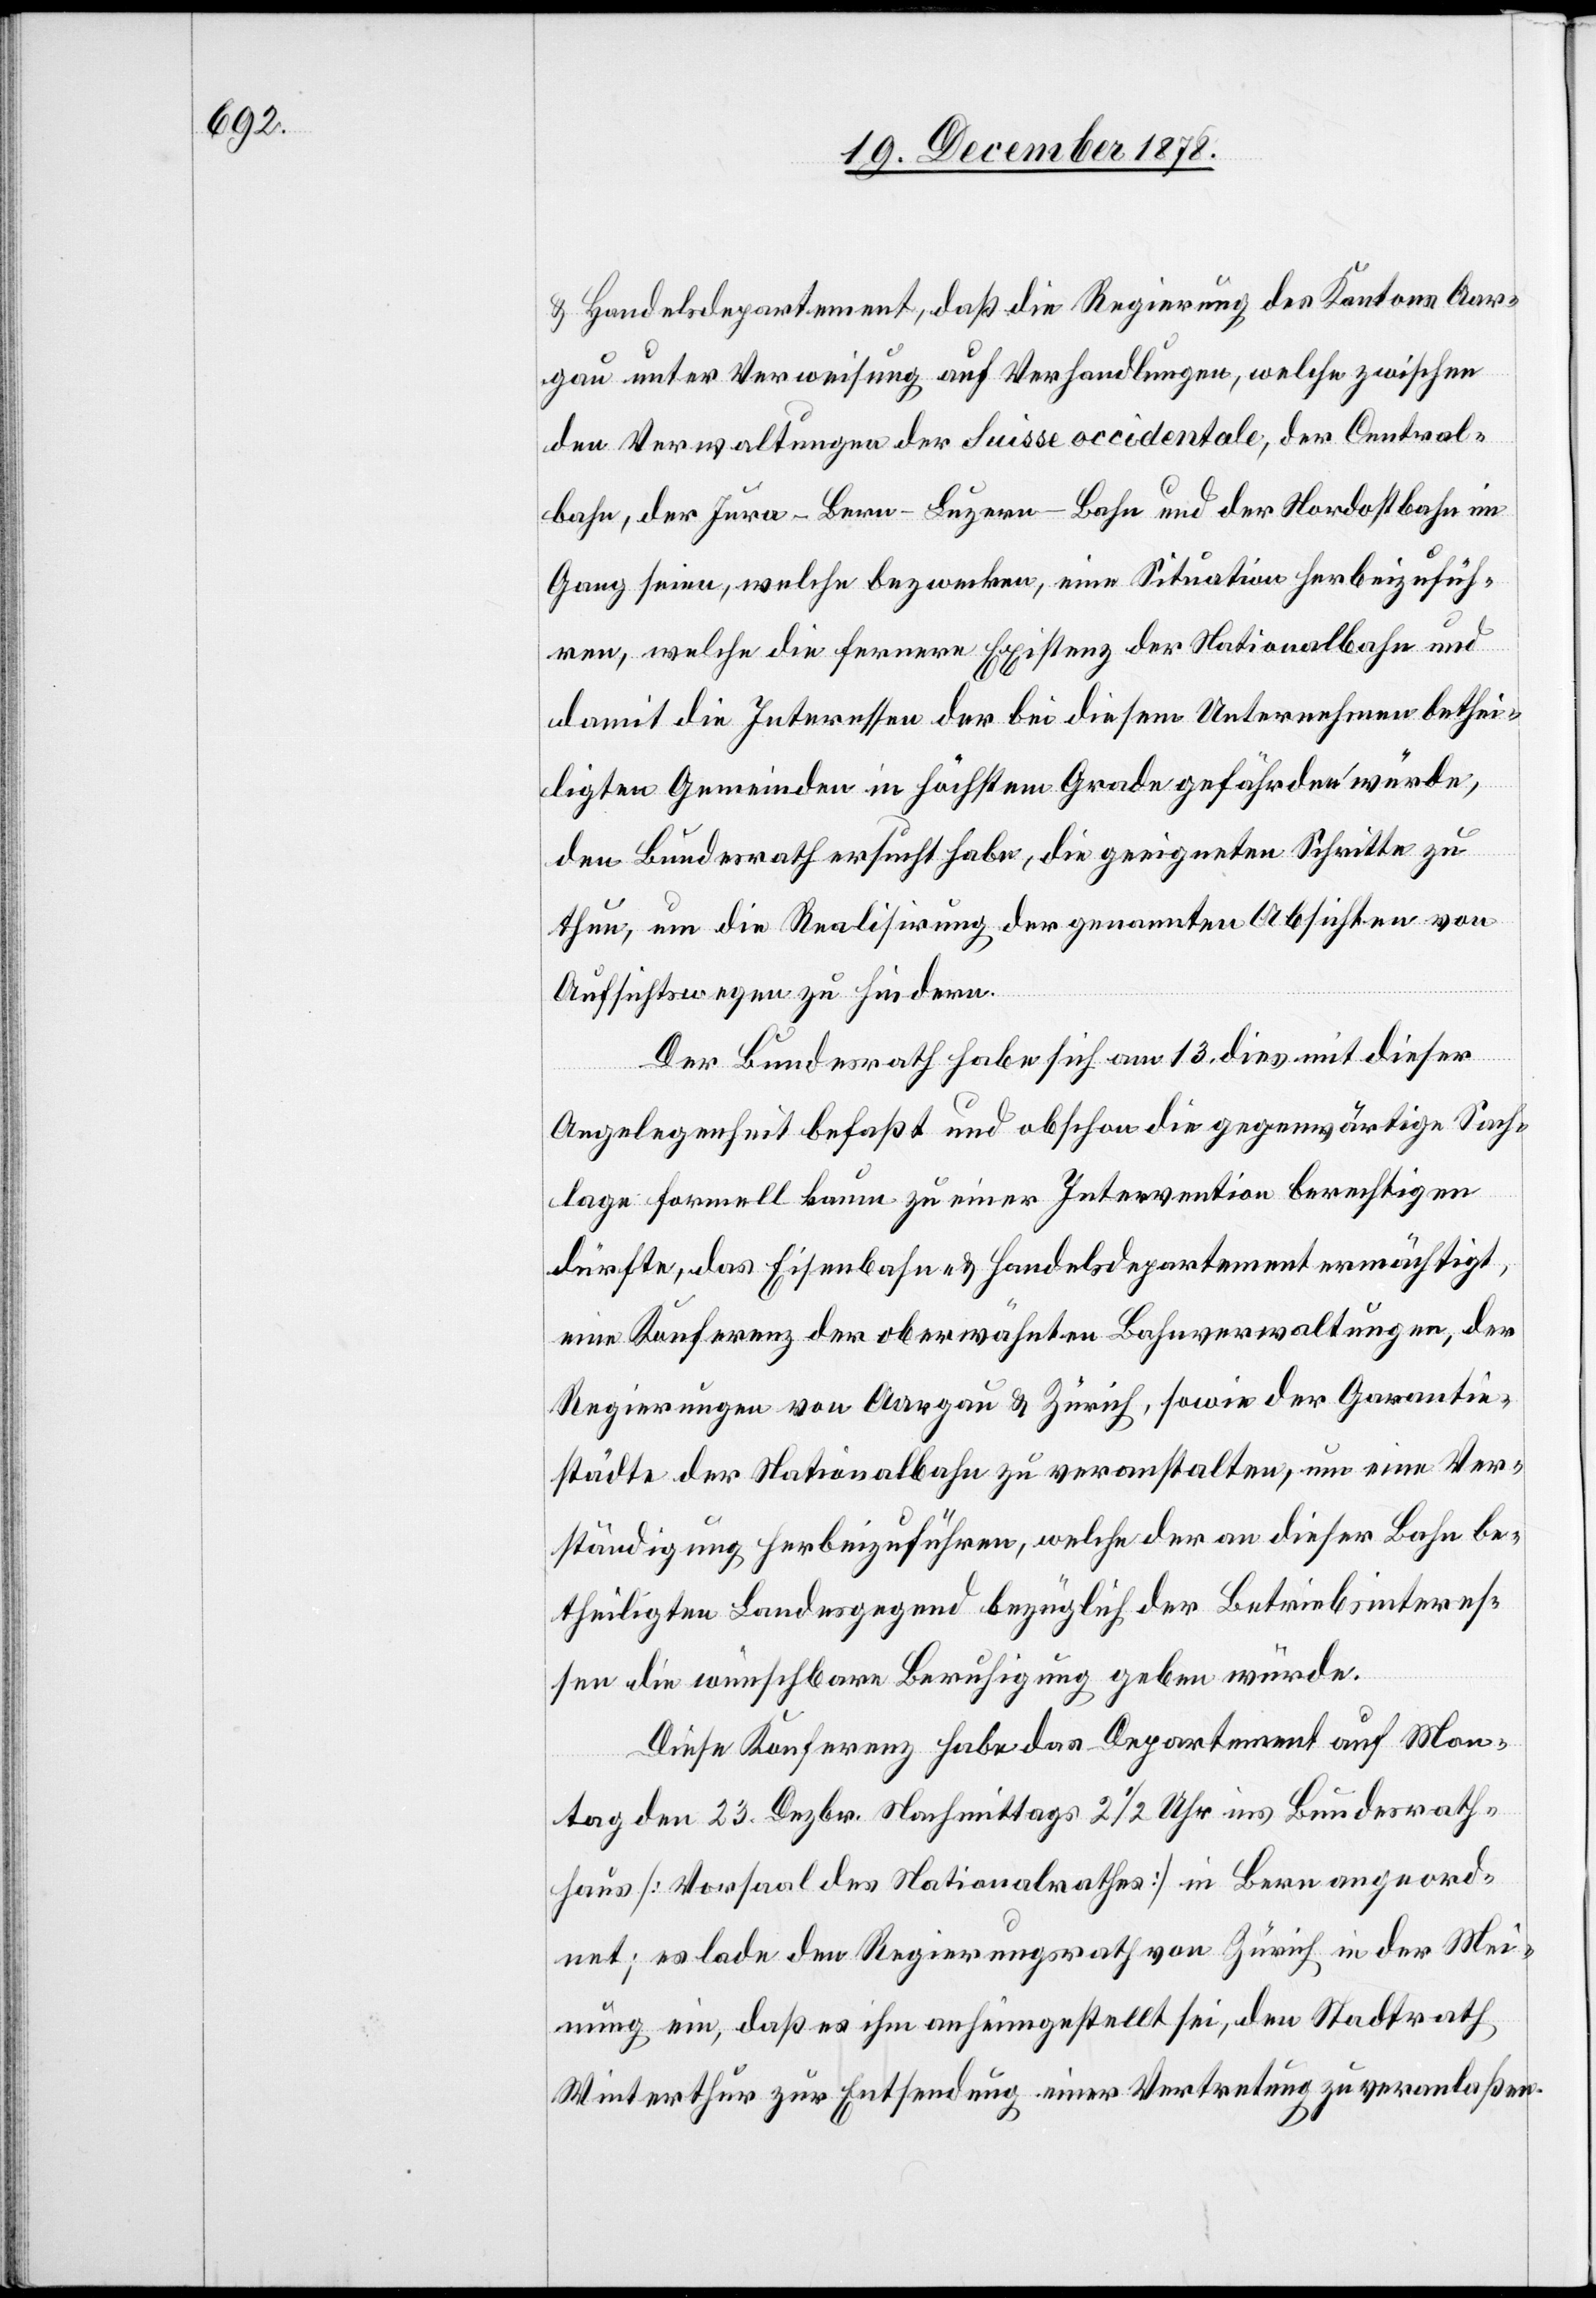
& Handelsdepartement, daß die Regierung des Kantons Aar¬
gau unter Verweisung auf Verhandlungen, welche zwischen
den Verwaltungen der Suisse occidentale, der Central¬
bahn, der Jura–Bern–Luzern-Bahn und der Nordostbahn im
Gang seien, welche bezwecken, eine Situation herbeizufüh¬
ren, welche die fernere Existenz der Nationalbahn und
damit die Interessen der bei diesem Unternehmen bethei¬
ligten Gemeinden im höchsten Grade gefährden würde,
den Bundesrath ersucht habe, die geeigneten Schritte zu
thun, um die Realisirung der genannten Absichten von
Aufsichtswegen zu hindern.
Der Bundesrath habe sich am 13. dies mit dieser
Angelegenheit befasst und obschon die gegenwärtige Sach¬
lage formell kaum zu einer Intervention berechtigen
dürfte, das Eisenbahn- & Handelsdepartement ermächtigt,
eine Konferenz der oberwähnten Bahnverwaltungen, der
Regierungen von Aargau & Zürich, sowie der Garantie¬
städte der Nationalbahn zu veranstalten, um eine Ver¬
ständigung herbeizuführen, welche der an dieser Bahn be¬
theiligten Landesgegend bezüglich der Betriebsinteres¬
sen die wünschbare Beruhigung geben würde.
Diese Konferenz habe das Departement auf Mon¬
tag den 23. Dezbr. Nachmittags 2 1/2 Uhr ins Bundesrath¬
haus [Vorsaal des Nationalrathes] in Bern angeord¬
net; es lade der Regierungsrath von Zürich in der Mei¬
nung ein, daß es ihm anheimgestellt sei, den Stadtrath
Winterthur zur Entsendung einer Vertretung zu veranlaßen.